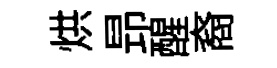
烘昻醒裔